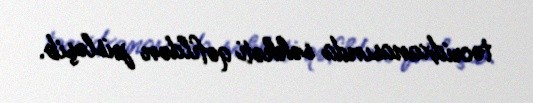
təcridxanasında səhhəti qəfildən pisləşib.